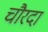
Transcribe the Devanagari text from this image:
चौरदा